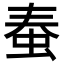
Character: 𧉾